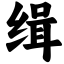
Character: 缉